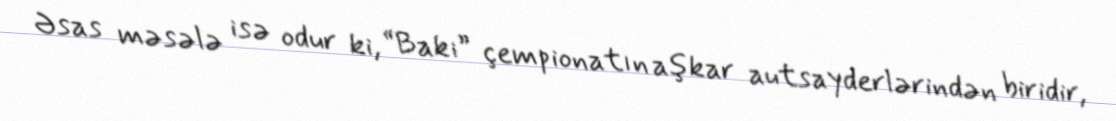
Əsas məsələ isə odur ki, “Bakı” çempionatın aşkar autsayderlərindən biridir,